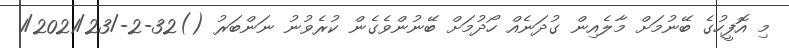
މި އޮފީހުގެ ބޭނުމަށް މާލެއިން ގުދަނެއް ހޯދުމަށް ބޭނުންވެގެން ކުރެވުނު ނަންބަރު ()32-2-/1/2021/23